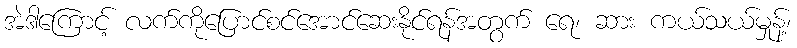
အဲဒါကြောင့် လက်ကိုပြောင်စင်အောင်ဆေးနိုင်ရန်အတွက် ရေ၊ ဆား ကယ်သယ်မှုန့်၊